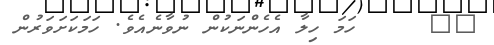
١٥     ހަމަ ހިލާ އެހެންނަކުން ނުވާނެއެވެ. ހަމަކަށަވަރުން